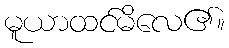
မူယာထင်မိလေ၏။